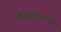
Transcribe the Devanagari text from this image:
मेक्सिकानाचे